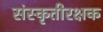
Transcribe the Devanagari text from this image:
संस्कृतीरक्षक